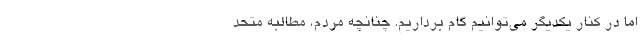
اما در کنار یکدیگر می‌توانیم گام برداریم. چنانچه مردم، مطالبه متحد